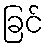
ခြင်